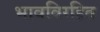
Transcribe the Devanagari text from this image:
भावविरहित